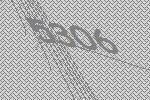
5306